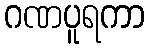
ဂဏပူရကာ